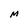
Character: M